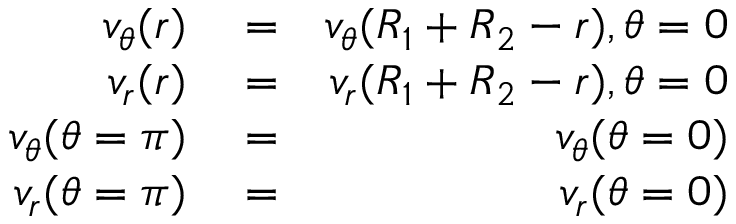
\begin{array} { r l r } { v _ { \theta } ( r ) } & { { } = } & { v _ { \theta } ( R _ { 1 } + R _ { 2 } - r ) , \theta = 0 } \\ { v _ { r } ( r ) } & { { } = } & { v _ { r } ( R _ { 1 } + R _ { 2 } - r ) , \theta = 0 } \\ { v _ { \theta } ( \theta = \pi ) } & { { } = } & { v _ { \theta } ( { \theta = 0 } ) } \\ { v _ { r } ( \theta = \pi ) } & { { } = } & { v _ { r } ( \theta = 0 ) } \end{array}